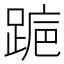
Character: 𬦺